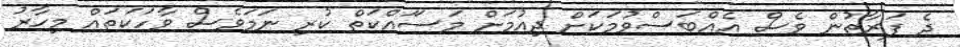
ދެ ފަރާތުން ވެސް އެއްބަސްވުމަކަށް ދިއުމަށް މަސަައްކަތް ކުރި ނަމަވެސް ވާހަކަތައް މިހާރު